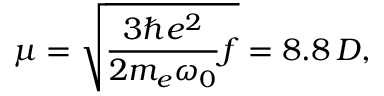
\mu = \sqrt { \frac { 3 \hbar e ^ { 2 } } { 2 m _ { e } \omega _ { 0 } } f } = 8 . 8 \, D ,